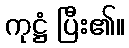
ကုဋ္ဌံ ပြီး၏။